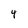
Character: 4